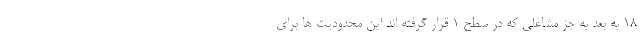
۱۸ به بعد به جز مشاغلی که در سطح ۱ قرار گرفته اند این محدودیت ها برای